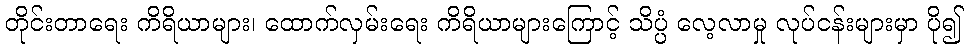
တိုင်းတာရေး ကိရိယာများ၊ ထောက်လှမ်းရေး ကိရိယာများကြောင့် သိပ္ပံ လေ့လာမှု လုပ်ငန်းများမှာ ပို၍